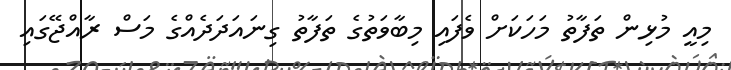
މިއީ މުޅިން ތަފާތު މަހަކަށް ވެފައި މިބާވަތުގެ ތަފާތު ގިނައަދަދެއްގެ މަސް ރާއްޖޭގައި